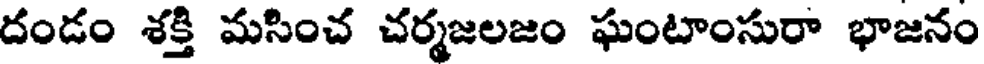
దండం శక్తి మసించ చర్మజలజం ఘంటాంసురా భాజనం